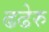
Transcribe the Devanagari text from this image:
ढढेरु